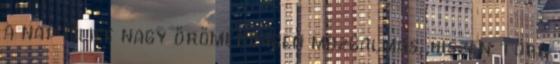
a nap Alice nagy örömére igen mozgalmas, hiszen több